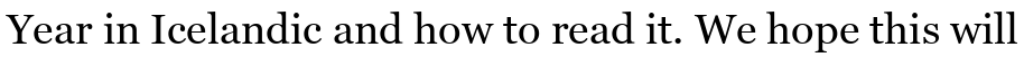
Year in Icelandic and how to read it. We hope this will